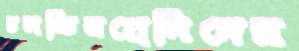
চলচ্চিত্রপ্রেমিদের